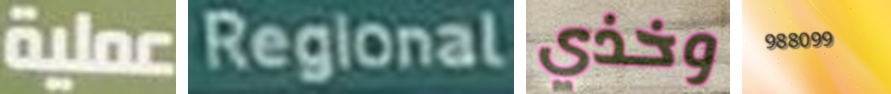
عملية Regional وخذي 988099